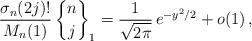
LaTeX: \begin{align*} \frac{\sigma_n (2j)!}{M_n (1)} \, {n\brace j}_1 =\frac{1}{\sqrt{2\pi}}\, e^{-y^2/2} + o(1)\, ,\end{align*}